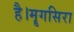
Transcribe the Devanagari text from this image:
है।मॄगसिरा